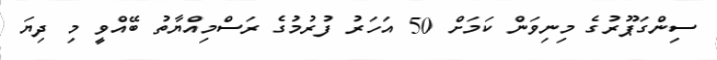
ސިންގަޕޫރުގެ މިިނިވަން ކަމަށް 50 އަހަރު ފުރުމުގެ ރަސްމިއްޔާތު ބޭއްވީ މި ދިޔަ